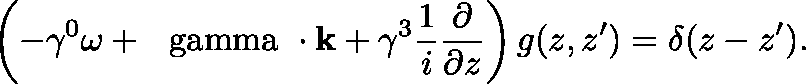
\left( - \gamma ^ { 0 } \omega + { \bf \mathrm { \boldmath ~ \ g a m m a ~ } \cdot k } + \gamma ^ { 3 } { \frac { 1 } { i } } { \frac { \partial } { \partial z } } \right) g ( z , z ^ { \prime } ) = \delta ( z - z ^ { \prime } ) .